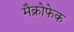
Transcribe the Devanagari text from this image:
मैक्रोफेक